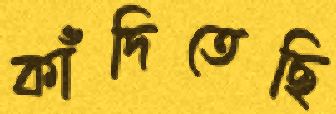
কাঁদিতেছি